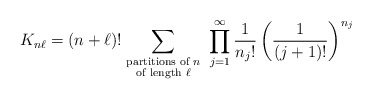
\begin{align*}K_{n\ell} = (n+\ell)! \sum_{{\mbox{\scriptsize partitions of $n$}} \atop{\mbox{\scriptsize of length $\ell$}}} \; \prod_{j=1}^{\infty}\frac{1}{{n_j}!} \left( \frac{1}{(j+1)!} \right)^{n_j}\end{align*}